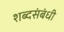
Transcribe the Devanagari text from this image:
शब्दसंबंधी